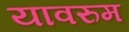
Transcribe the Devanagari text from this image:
यावरुम